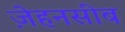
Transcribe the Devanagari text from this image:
ज़ेहनसीब